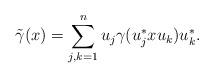
LaTeX: \begin{align*}\tilde{\gamma}(x) = \sum_{j,k=1}^n u_j \gamma(u_j^* x u_k) u_k^*.\end{align*}